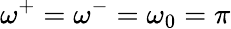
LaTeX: \omega^{+}=\omega^{-}=\omega_{0}=\pi